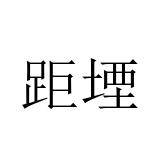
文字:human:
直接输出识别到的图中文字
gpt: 距堙